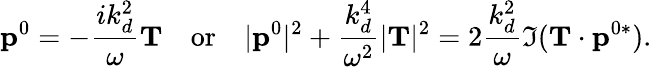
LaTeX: {\mathbf p}^{0}=-\frac{ik_{d}^{2}}{\omega}{\mathbf T}\quad\mathrm{or}\quad|{\mathbf p}^{0}|^{2}+\frac{k_{d}^{4}}{\omega^{2}}|{\mathbf T}|^{2}=2\frac{k_{d}^{2}}{\omega}\Im({\mathbf T}\cdot{\mathbf p}^{0*}).